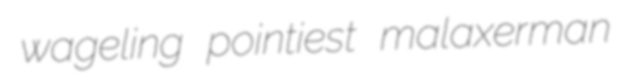
wageling pointiest malaxerman